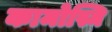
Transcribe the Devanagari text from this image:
कामोस्मि